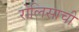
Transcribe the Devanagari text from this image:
रोलिसाची